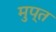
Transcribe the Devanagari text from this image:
मुप्त